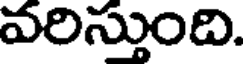
వరిస్తుంది.